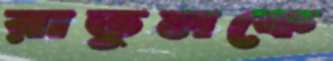
রাতুলকে